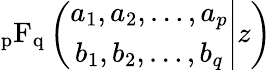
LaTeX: \operatorname{_{p}F_{q}}\left(\left.{\begin{array}{ccc}{a_{1},a_{2},\ldots,a_{p}}\\ {b_{1},b_{2},\ldots,b_{q}}\end{array}}\right|z\right)